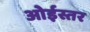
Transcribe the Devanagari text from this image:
ओईस्तर